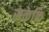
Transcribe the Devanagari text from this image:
सकेकि